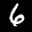
Label: 6